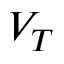
V _ { T }